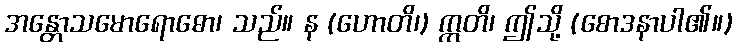
အန္တောသမောရောဓော၊ သည်။ န (ဟောတိ၊) ဣတိ၊ ဤသို့ (စောဒနာပါ၏။)